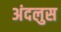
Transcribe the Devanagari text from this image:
अंदलुस